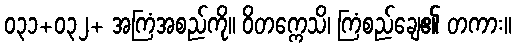
၀၃၁+၀၃၂+ အကြံအစည်ကို။ ဝိတက္ကေသိ၊ ကြံစည်ချေ၏ တကား။